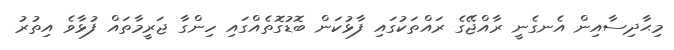
މިޙާދިސާއިން އެނގެނީ ރާއްޖޭގެ ރައްތަކުގައި ފާޅުކަން ބޮޑުގޮތެއްގައި ހިންގާ ޖަރީމާތައް ފުޅާވެ އިތުރު